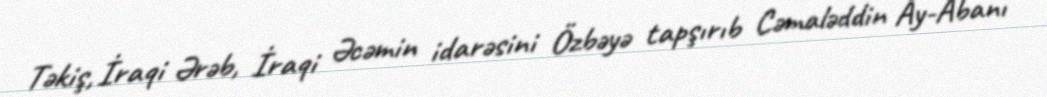
Təkiş, İraqi Ərəb, İraqi Əcəmin idarəsini Özbəyə tapşırıb Cəmaləddin Ay-Abanı